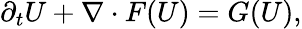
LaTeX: \partial_{t}U+\nabla\cdot F(U)=G(U),